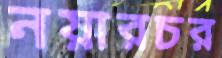
নয়ারচর